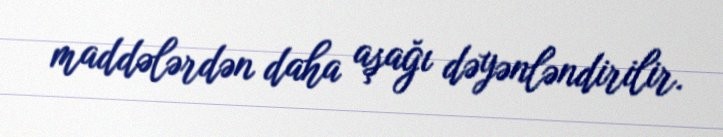
maddələrdən daha aşağı dəyənləndirilir.